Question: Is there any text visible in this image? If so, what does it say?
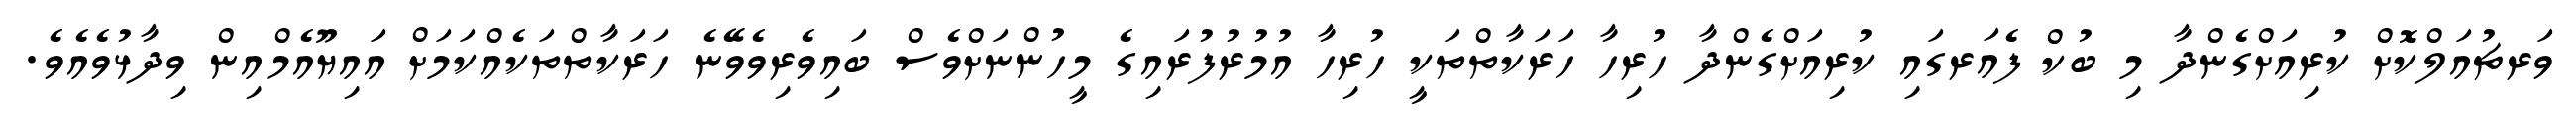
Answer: ވަރޗުއަލްކޮށް ކުރިއަށްގެންދާ މި ބުކް ފެއަރގައި ކުރިއަށްގެންދާ ހުރިހާ ހަރަކާތްތަކީ ހުރިހާ އުމުރުފުރައިގެ މީހުންނަށްވެސް ބައިވެރިވެވޭނެ ހަރަކާތްތަކެއްކަމަށް އައިޔޫއެމްއިން ވިދާޅުވެއެވެ.